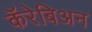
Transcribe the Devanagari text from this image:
कॅरेबिअन